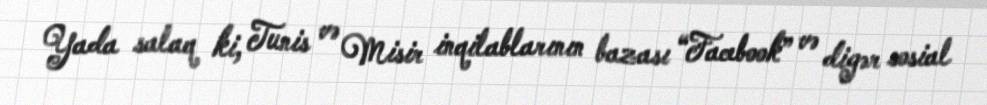
Yada salaq ki, Tunis və Misir inqilablarının bazası “Facebook” və digər sosial